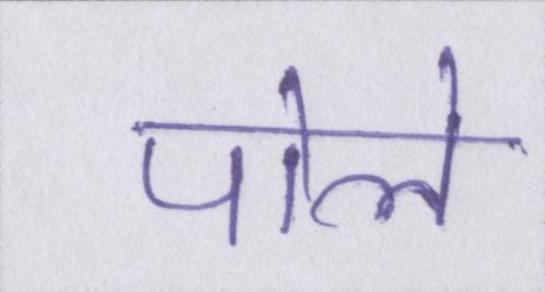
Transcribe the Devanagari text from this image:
पोले